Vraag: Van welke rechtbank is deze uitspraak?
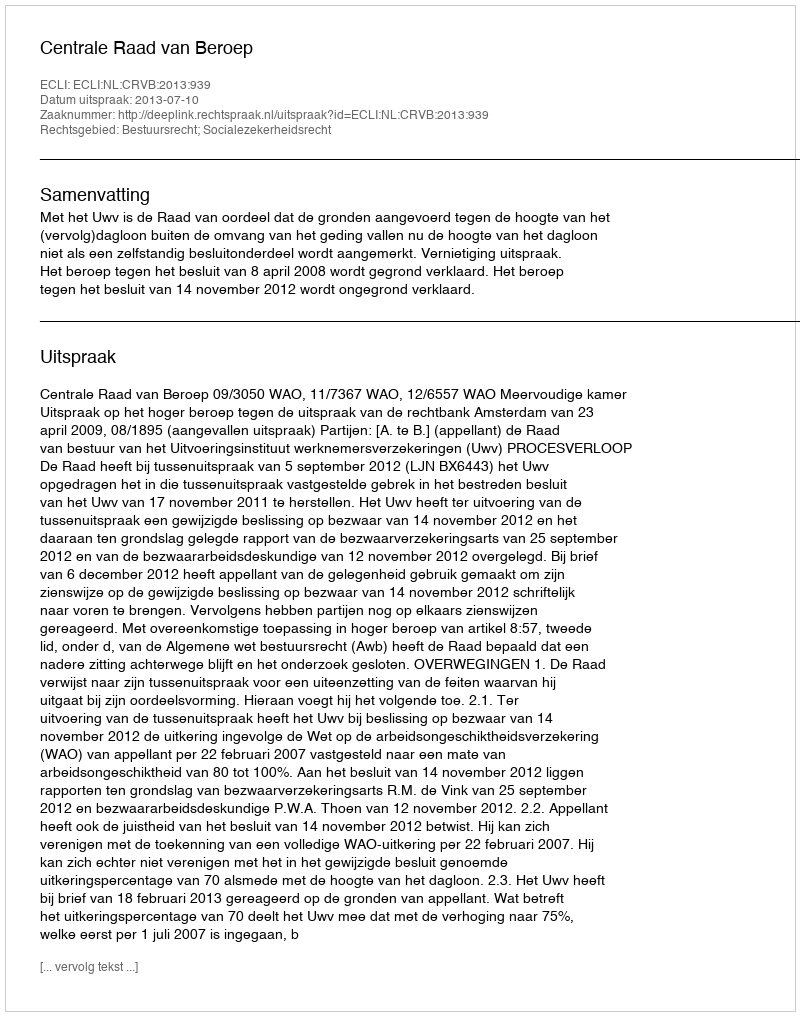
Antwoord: Centrale Raad van Beroep